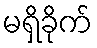
မရှိခိုက်